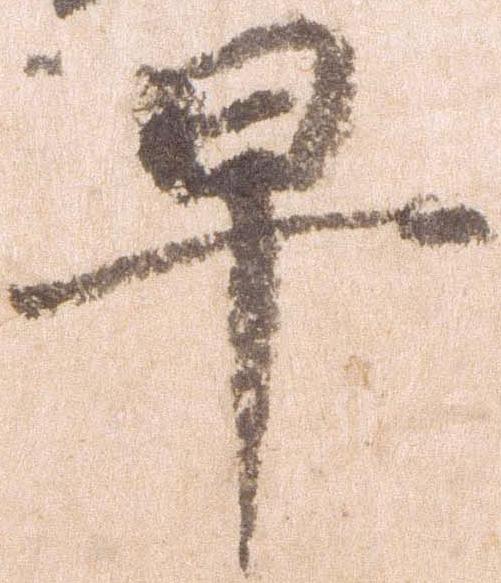
早